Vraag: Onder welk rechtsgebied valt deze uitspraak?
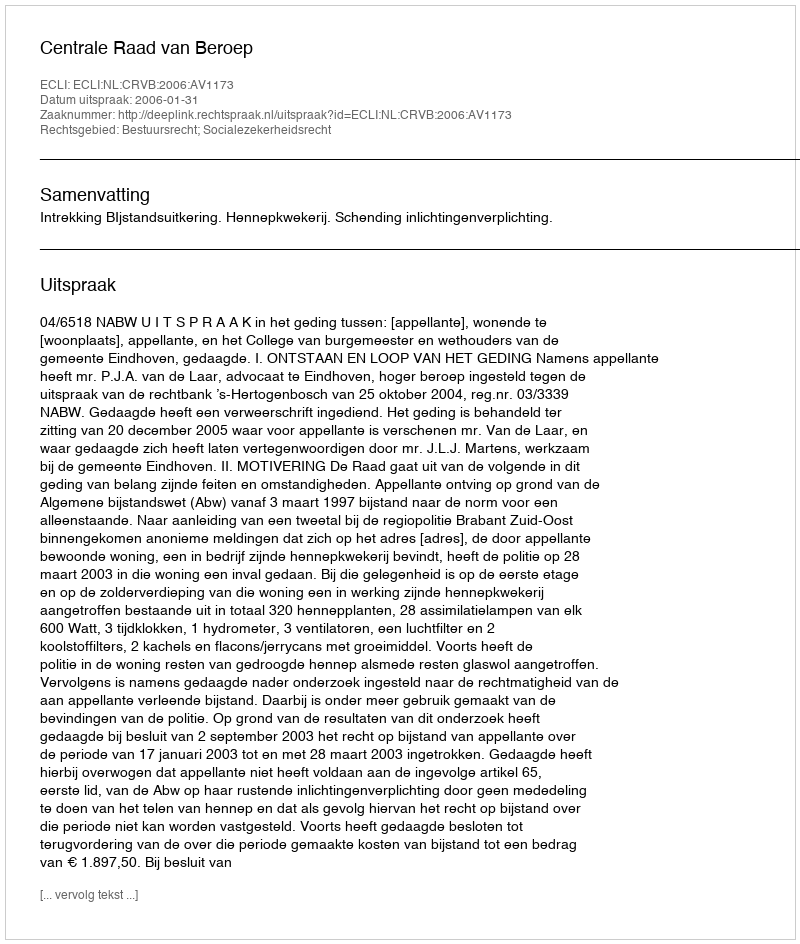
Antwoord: Bestuursrecht; Socialezekerheidsrecht